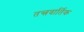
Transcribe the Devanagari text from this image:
तन्त्रवार्तिक